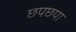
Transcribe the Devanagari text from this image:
छपछपा